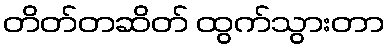
တိတ်တဆိတ် ထွက်သွားတာ